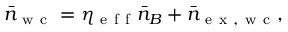
\bar { n } _ { \mathrm { ~ w ~ c ~ } } = \eta _ { \mathrm { ~ e ~ f ~ f ~ } } \bar { n } _ { B } + \bar { n } _ { \mathrm { ~ e ~ x ~ , ~ w ~ c ~ } } ,